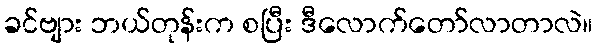
ခင်ဗျား ဘယ်တုန်းက စပြီး ဒီလောက်တော်လာတာလဲ။